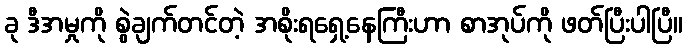
ခု ဒီအမှုကို စွဲချက်တင်တဲ့ အစိုးရရှေ့နေကြီးဟာ စာအုပ်ကို ဖတ်ပြီးပါပြီ။